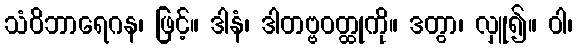
သံဝိဘာရေဂန၊ ဖြင့်။ ဒါနံ၊ ဒါတဗ္ဗဝတ္ထုကို။ ဒတွာ၊ လှူ၍။ ဝါ၊